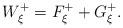
LaTeX: \begin{align*}W_{\xi }^{+}=F_{\xi }^{+}+G_{\xi }^{+}. \end{align*}